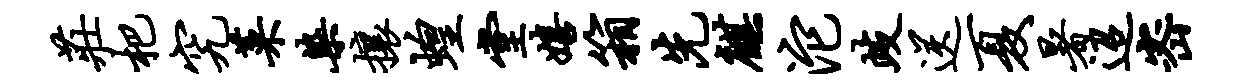
庄杷究菜染攘蝗堂嬉箱先麒沱歧送夏暑迢密